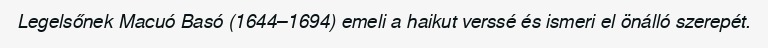
Legelsőnek Macuó Basó (1644–1694) emeli a haikut verssé és ismeri el önálló szerepét.